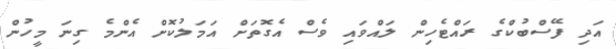
އަދި ފޭސްބުކްގެ ރައްޓެހިން ލައްވައި ވެސް އެގޮތަށް އަމަލުކޮށް އެންމެ ގިނަ މީހުން